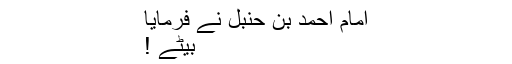
امام احمد بن حنبل نے فرمایا
بیٹے !